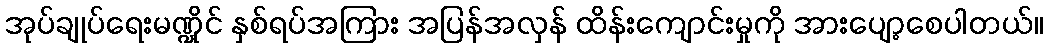
အုပ်ချုပ်ရေးမဏ္ဍိုင် နှစ်ရပ်အကြား အပြန်အလှန် ထိန်းကျောင်းမှုကို အားပျော့စေပါတယ်။